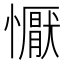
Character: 懨